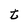
Character: t